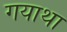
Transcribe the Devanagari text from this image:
गयाथा